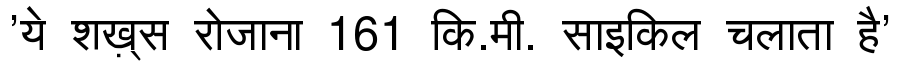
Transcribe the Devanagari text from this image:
'ये शख़्स रोजाना 161 कि.मी. साइकिल चलाता है'